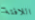
اللافتة